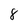
Character: 8